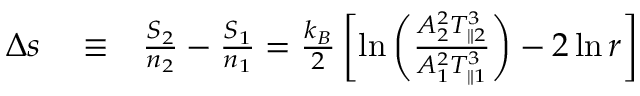
\begin{array} { r l r } { \Delta s } & { { } \equiv } & { \frac { S _ { 2 } } { n _ { 2 } } - \frac { S _ { 1 } } { n _ { 1 } } = \frac { k _ { B } } { 2 } \left[ \ln \left( \frac { A _ { 2 } ^ { 2 } T _ { \parallel 2 } ^ { 3 } } { A _ { 1 } ^ { 2 } T _ { \parallel 1 } ^ { 3 } } \right) - 2 \ln r \right] } \end{array}